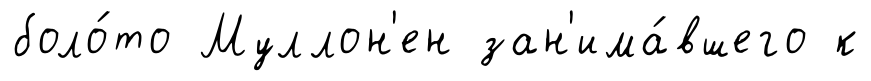
боло́то Муллон'ен зан'има́вшего к